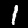
Digit: 1